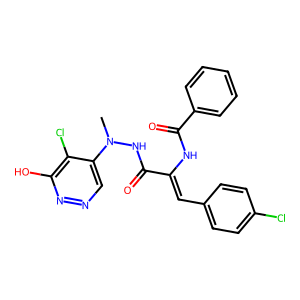
SMILES: CN(NC(=O)C(=Cc1ccc(Cl)cc1)NC(=O)c1ccccc1)c1cnnc(O)c1Cl
Inhibits HIV replication: No